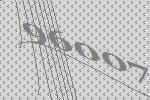
96007